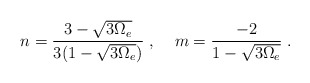
\begin{align*} n = \frac{3 - \sqrt{3 \Omega_e}}{3 (1 - \sqrt{3 \Omega_e})} \; , \; \; \; \; m = \frac{- 2}{1 - \sqrt{3 \Omega_e}} \; .\end{align*}